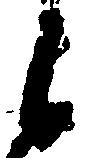
候